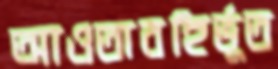
আওতাবহির্ভূত